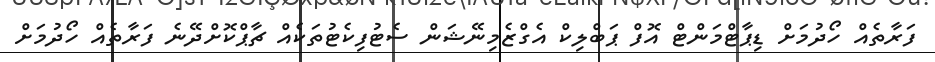
ފަރާތެއް ހޯދުމަށް ޑިޕާޓްމަންޓް އޮފް ޕަބްލިކް އެގްޒެމިނޭޝަން ސެޓުފިކެޓުތަކެއް ޗާޕްކޮށްދޭނެ ފަރާތެއް ހޯދުމަށް